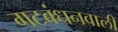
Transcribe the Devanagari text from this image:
गटबंधनवाली